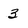
Character: 3